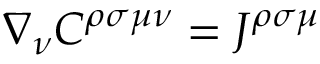
\nabla _ { \nu } C ^ { \rho \sigma \mu \nu } = J ^ { \rho \sigma \mu }